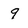
Character: 9